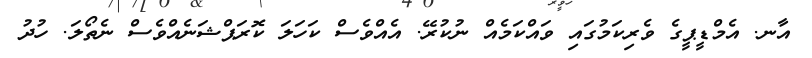
އާނ. އެމްޑީޕީގެ ވެރިކަމުގައި ވައްކަމެއް ނުކުރޭ. އެއްވެސް ކަހަލަ ކޮރަޕްޝަނެއްވެސް ނެތޯލަ. ހުދު